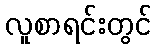
လူစာရင်းတွင်